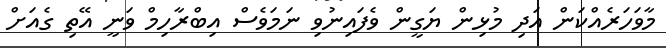
މާވަހަރެއްކަން އަދި މުޅިން ޔަގީން ވެފައިނުވި ނަމަވެސް އިބްރާހިމް ވަނީ އޭތި ގެއަށް